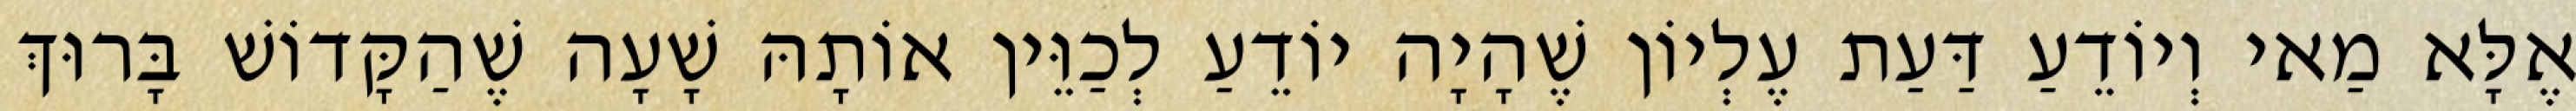
אֶלָּא מַאי וְיוֹדֵעַ דַּעַת עֶלְיוֹן שֶׁהָיָה יוֹדֵעַ לְכַוֵּין אוֹתָהּ שָׁעָה שֶׁהַקָּדוֹשׁ בָּרוּךְ